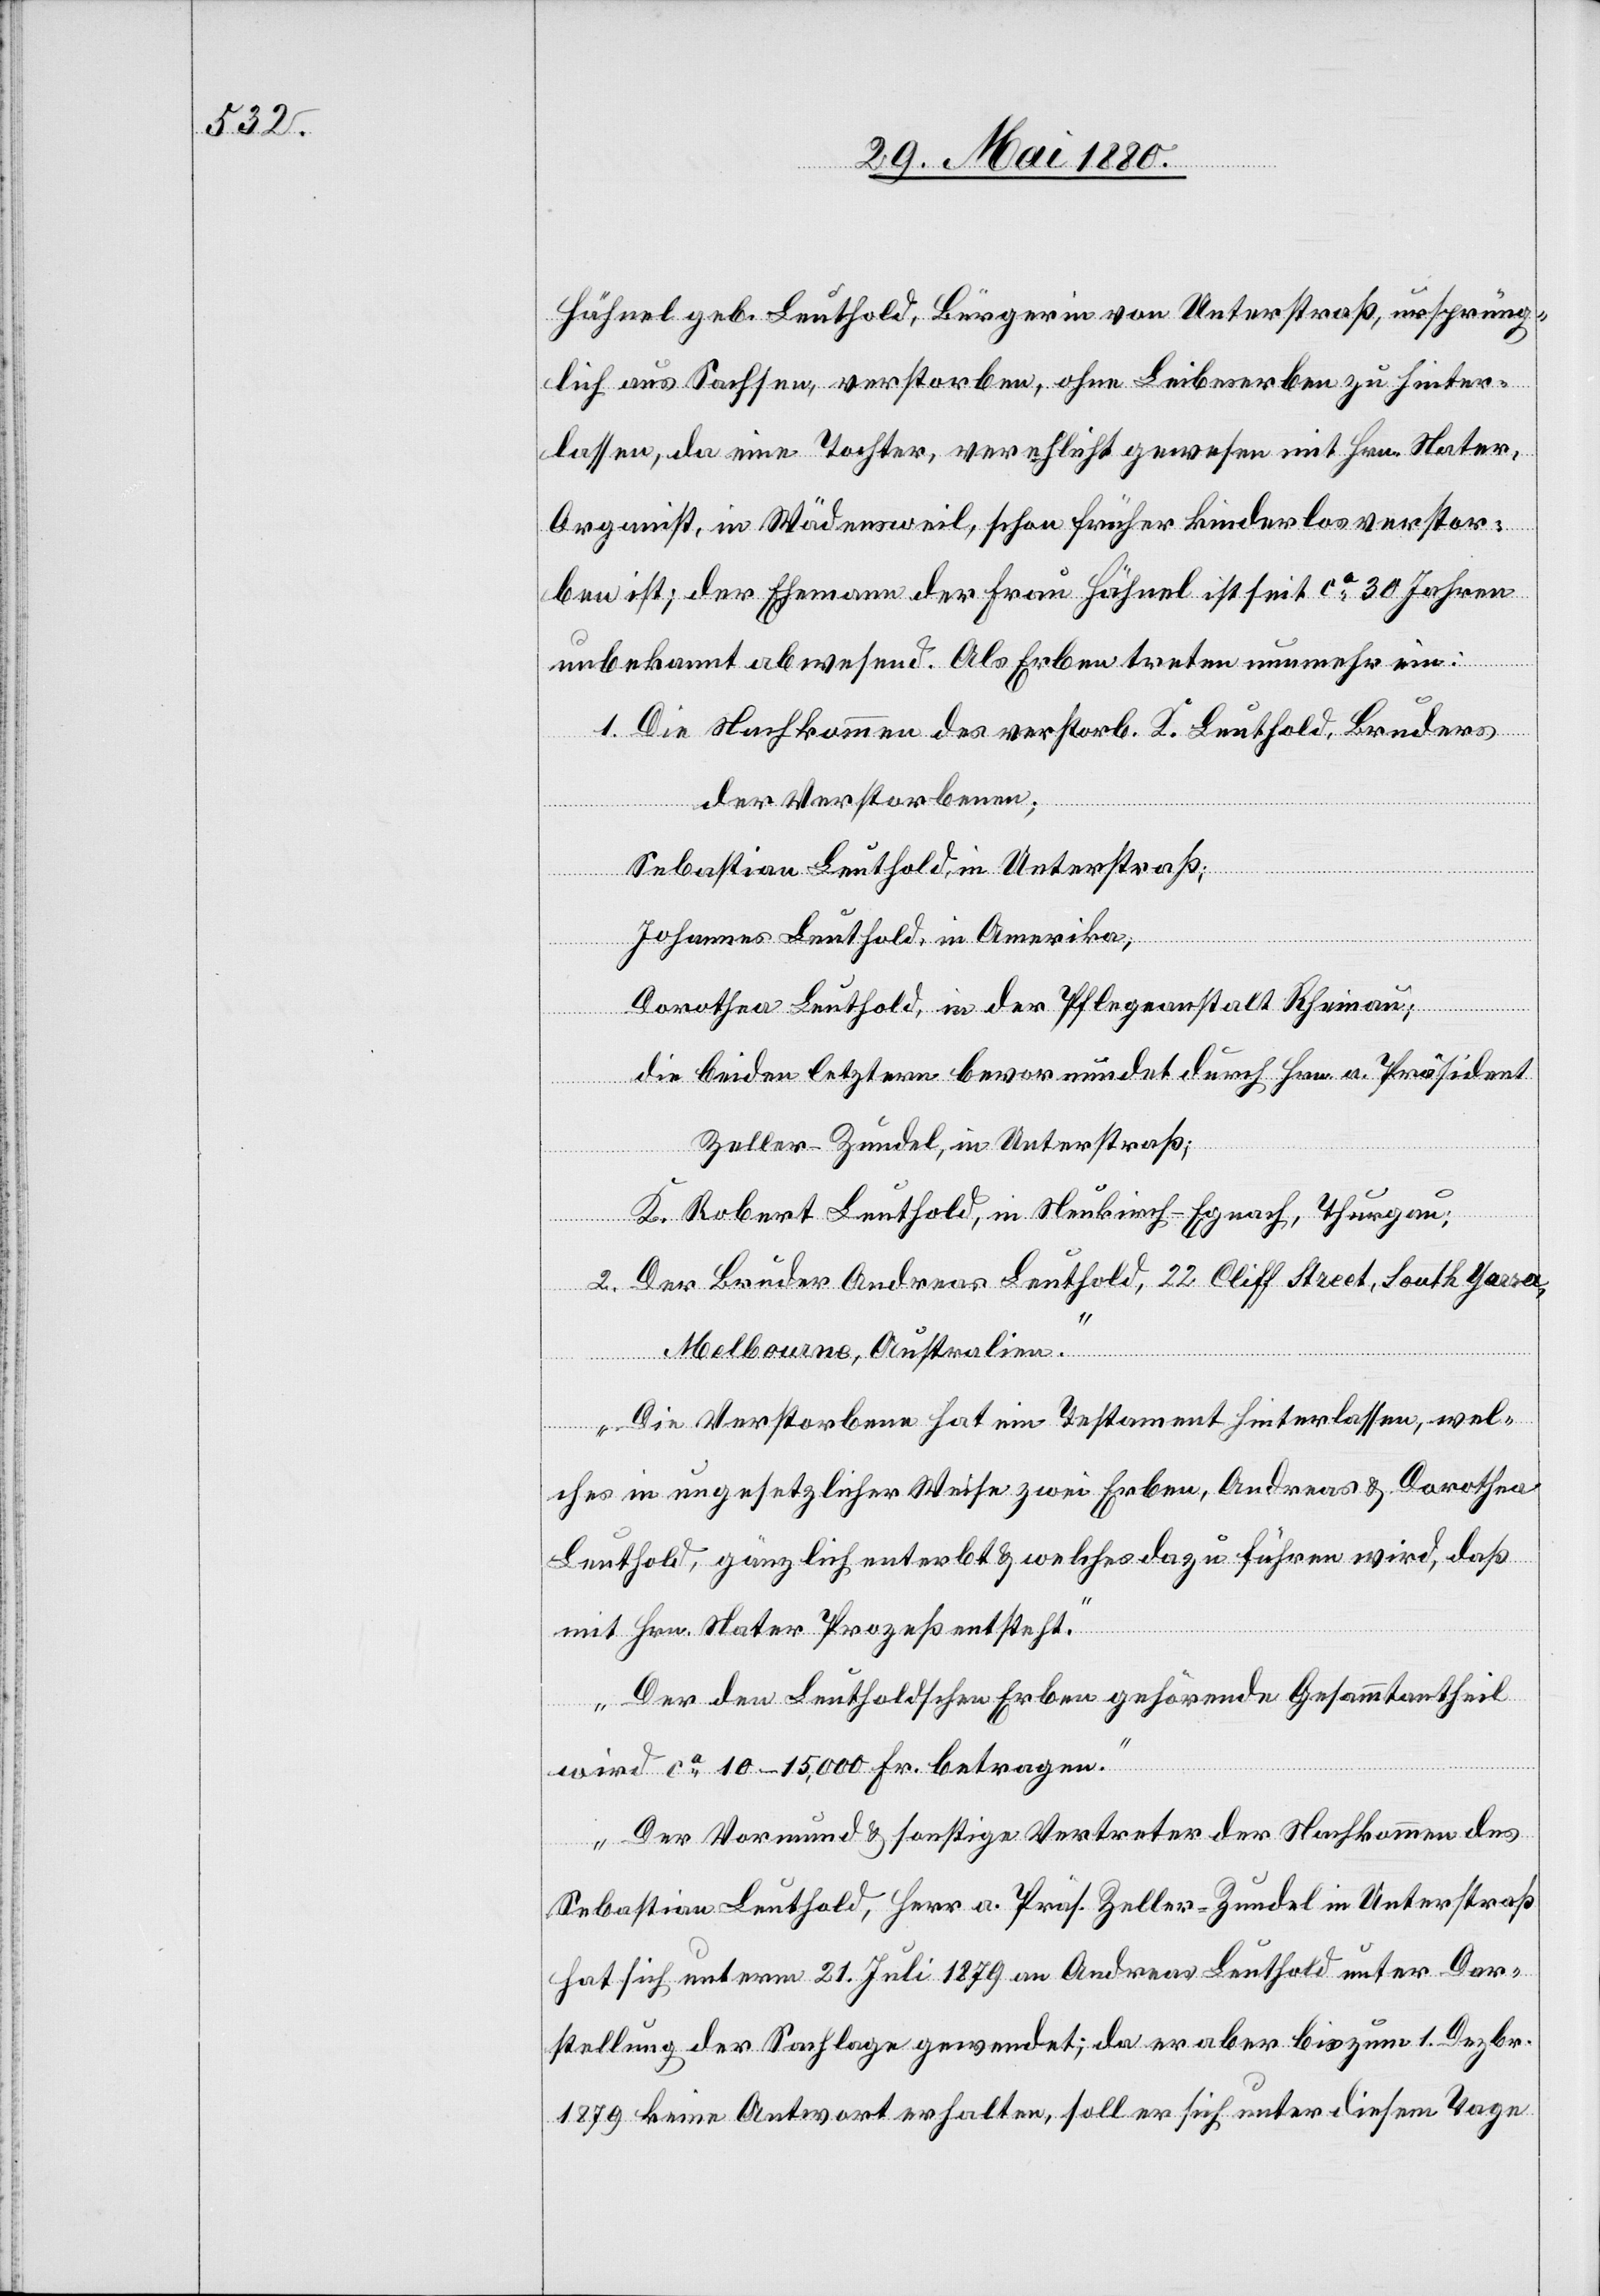
Hähnel geb. Leuthold, Bürgerin von Unterstraß, ursprüng¬
lich aus Sachsen, verstorben, ohne Leibeserben zu hinter¬
lassen, da eine Tochter, verhelicht gewesen mit Hrn. Nater,
Organist, in Wädensweil, schon früher kinderlos verstor¬
ben ist; der Ehemann der Frau Hähnel ist seit ca 30 Jahren
unbekannt abwesend. Als Erben treten nunmehr ein:
1. Die Nachkommen des verstorb. K. Leuthold, Bruders
der Verstorbenen;
Sebastian Leuthold, in Unterstraß;
Johannes Leuthold, in Amerika;
Dorothea Leuthold, in der Pflegeanstalt Rheinau;
die beiden letztern bevormundet durch Hrn. a. Präsident
Zeller-Zundel, in Unterstraß;
K. Robert Leuthold, in Neukirch - Egnach, Thurgau;
2. Der Bruder Andreas Leuthold, 22 Cliff Street, South Yarra,
Melbourne, Australien.
Die Verstorbene hat ein Testament hinterlassen, wel¬
ches in ungesetzlicher Weise zwei Erben, Andreas & Dorothea
Leuthold, gänzlich enterbt & welches dazu führen wird, daß
mit Hrn. Nater Prozeß entsteht.
Der den Leutholdschen Erben gehörende Gesammtantheil
wird ca 10–15,000 Fr. betragen.
Der Vormund & sonstige Vertreter der Nachkommen des
Sebastian Leuthold, Herr a. Präs. Zeller-Zundel in Unterstraß
hat sich unterm 21. Juli 1879 an Andreas Leuthold unter Dar¬
stellung der Sachlage gewendet; da er aber bis zum 1. Dezbr.
1879 keine Antwort erhalten, soll er sich unter diesem Tage